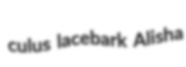
culus lacebark Alisha